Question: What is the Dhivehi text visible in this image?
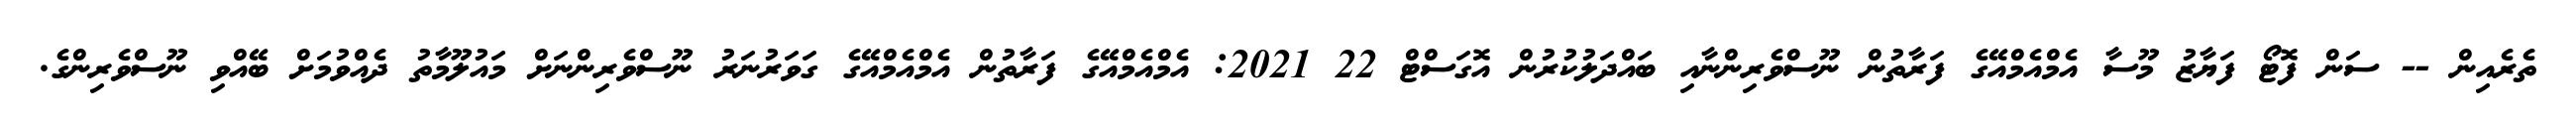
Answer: ތެރެއިން -- ސަން ފޮޓޯ ފަޔާޒު މޫސާ އެމްއެމްއޭގެ ފަރާތުން ނޫސްވެރިންނާއި ބައްދަލުކުރުން އޮގަސްޓް 22 2021: އެމްއެމްއޭގެ ފަރާތުން އެމްއެމްއޭގެ ގަވަރުނަރު ނޫސްވެރިންނަށް މައުލޫމާތު ދެއްވުމަށް ބޭއްވި ނޫސްވެރިންގެ.